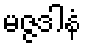
မဇ္ဇဒါနံ